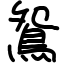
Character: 鴛